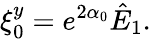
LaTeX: \xi_{0}^{y}=e^{2\alpha_{0}}\hat{E}_{1}.